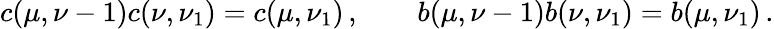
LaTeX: c(\mu,\nu-1)c(\nu,\nu_{1})=c(\mu,\nu_{1})\, ,\qquad b(\mu,\nu-1)b(\nu,\nu_{1})=b(\mu,\nu_{1})\, .